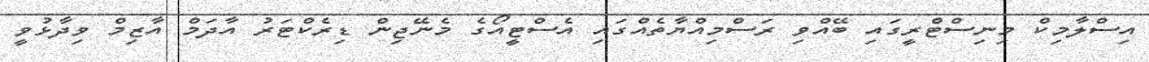
އިސްލާމިކް މިނިސްޓްރީގައި ބޭއްވި ރަސްމިއްޔާތެއްގައި އެސްޓީއޯގެ މެނޭޖިން ޑިރެކްޓަރު އާދަމް އާޒިމް ވިދާޅުވީ